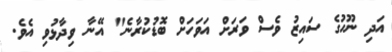
އަދި ނޫހުގެ ސައިޒު ވެސް ވަރަށް އަވަހަށް ބޮޑުކުރާނެ" އޭނާ ވިދާޅުވި އެވެ.